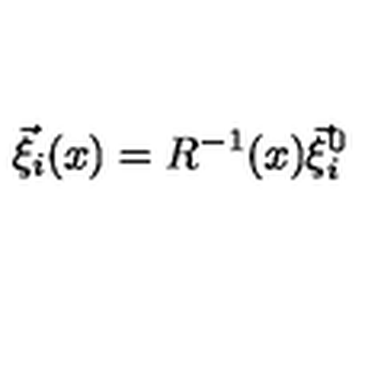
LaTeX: \vec { \xi } _ { i } ( x ) = R ^ { - 1 } ( x ) \vec { \xi } _ { i } ^ { 0 }